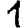
Digit: 1